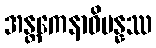
အန္တကေနာဓိပန္နဿ